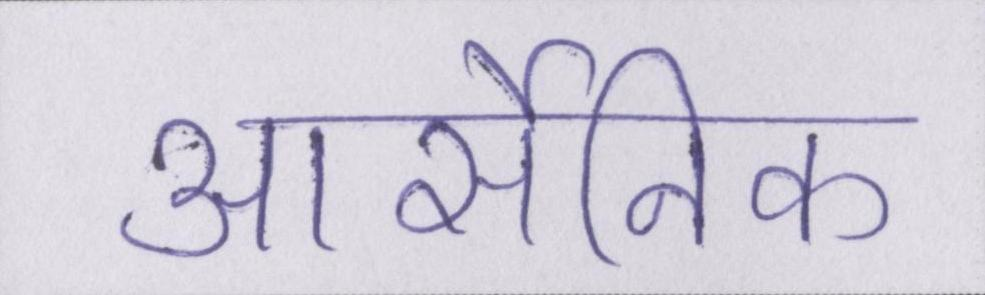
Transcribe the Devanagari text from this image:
आर्सेनिक